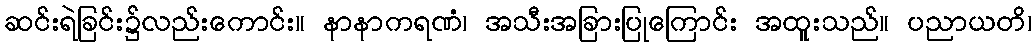
ဆင်းရဲခြင်း၌လည်းကောင်း။ နာနာကရဏံ၊ အသီးအခြားပြုကြောင်း အထူးသည်။ ပညာယတိ၊